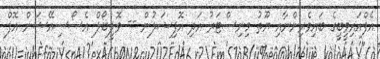
އެފްއައިވީބީގެ ބައިވެރިންނާއި ޔޫތު މިނިސްޓަރު އަދި އޮފިޝަލުން -- ވޮލީބޯލް އެސޯސިއޭޝަން އޮފް